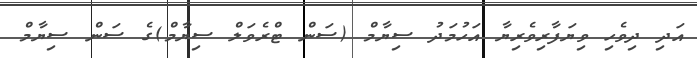
އަދި ދިވެހި ވިޔަފާރިވެރިޔާ އަހުމަދު ސިޔާމް (ސަން ޓްރެވަލް ސިޔާމް)ގެ ސަން ސިޔާމް